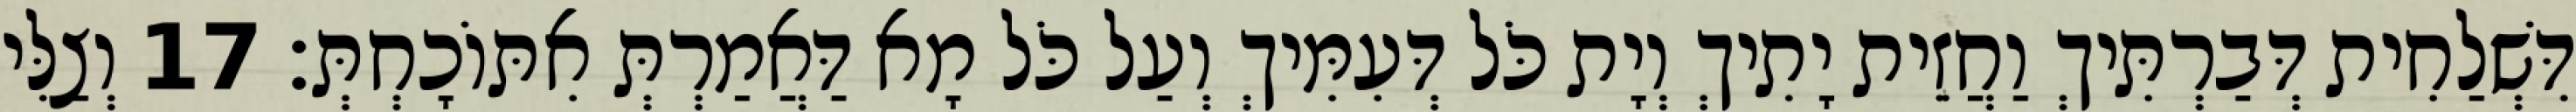
דִּשְׁלַחִית דְּבַרְתִּיךְ וַחֲזֵית יָתִיךְ וְיָת כֹּל דְּעִמִּיךְ וְעַל כֹּל מָא דַּאֲמַרְתְּ אִתּוֹכָחְתְּ׃ 17 וְצַלִּי